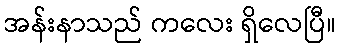
အန်းနာသည် ကလေး ရှိလေပြီ။